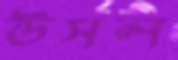
উসল